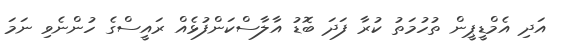
އަދި އެމްޑީޕީން ތުހުމަތު ކުރާ ފަދަ ބޮޑު އާލާސްކަންފުޅެއް ރައީސްގެ ހުންނެވި ނަމަ